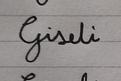
Signature authenticity: forged